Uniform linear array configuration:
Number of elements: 16
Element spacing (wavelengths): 1
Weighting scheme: blackman
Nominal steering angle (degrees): -30
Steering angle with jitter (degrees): -29.066
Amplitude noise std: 0.05
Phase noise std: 0.05

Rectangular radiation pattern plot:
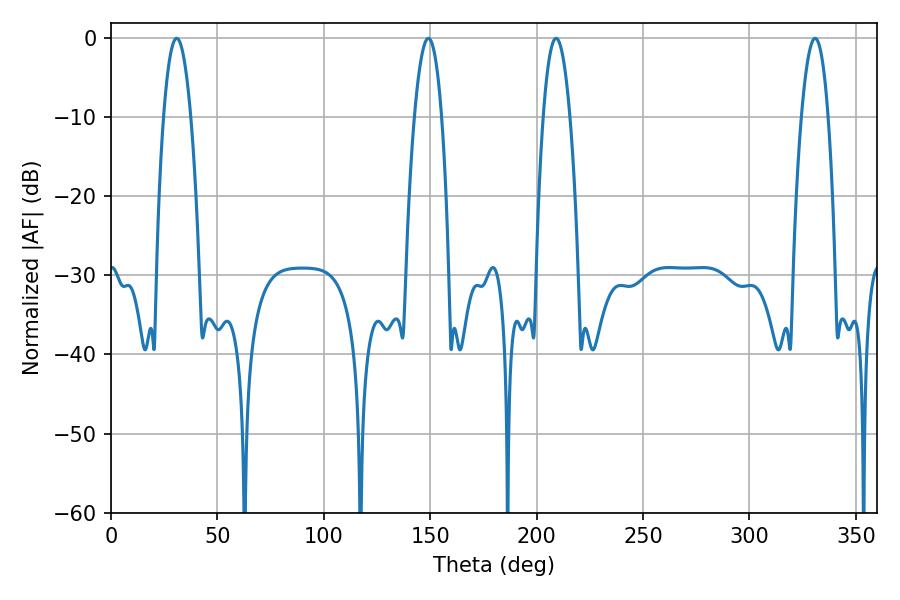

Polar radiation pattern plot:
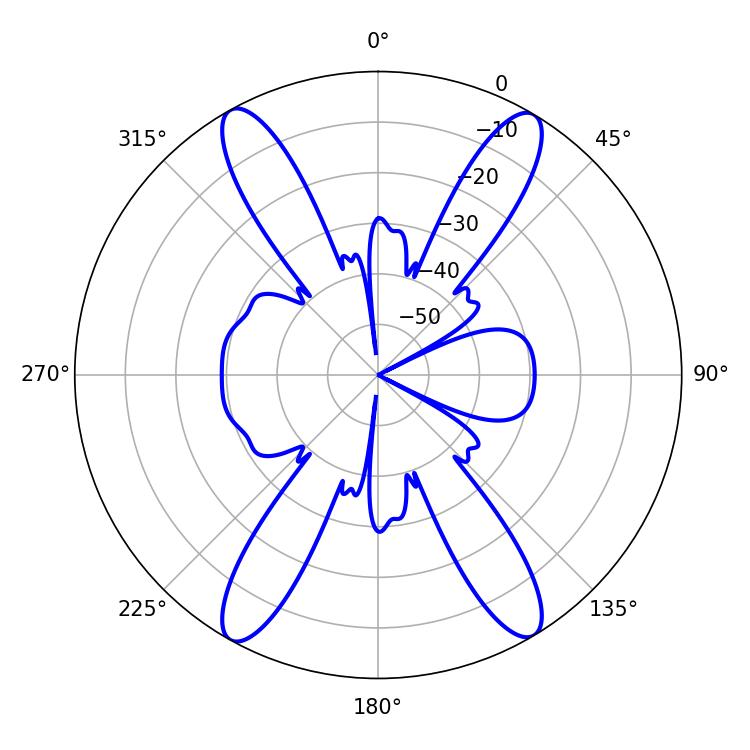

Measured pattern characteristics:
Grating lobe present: TRUE
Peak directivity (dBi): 23.603
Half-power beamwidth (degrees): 6.84
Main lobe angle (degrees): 209.16